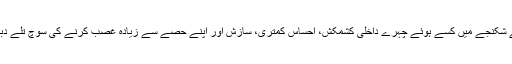
سنجیدگی کے شکنجے میں کسے ہوئے چہرے داخلی کشمکش، احساس کمتری، سازش اور اپنے حصے سے زیادہ غصب کرنے کی سوچ تلے دبے ہوتے ہیں۔